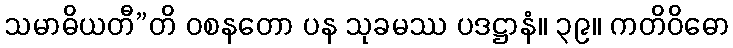
သမာဓိယတီ”တိ ဝစနတော ပန သုခမဿ ပဒဋ္ဌာနံ။ ၃၉။ ကတိဝိဓော